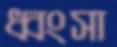
ধ্বংসা